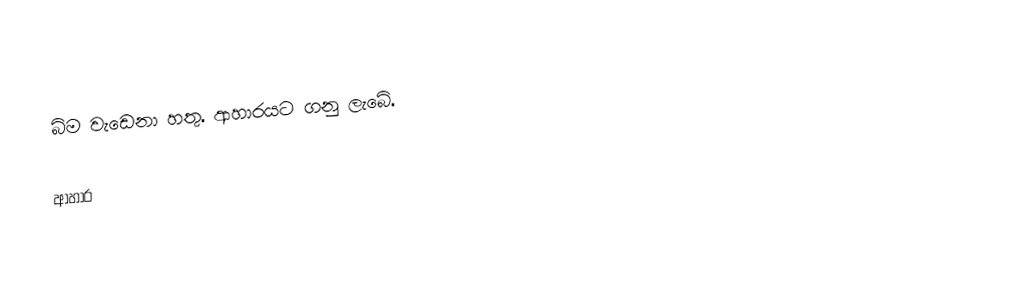
බිම වැඩෙනා හතු. ආහාරයට ගනු ලැබේ.

ආහාර